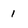
Character: 1